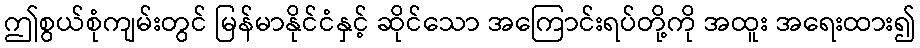
ဤစွယ်စုံကျမ်းတွင် မြန်မာနိုင်ငံနှင့် ဆိုင်သော အကြောင်းရပ်တို့ကို အထူး အရေးထား၍